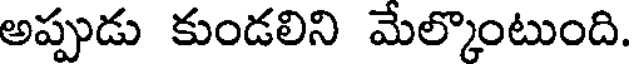
అప్పుడు కుండలిని మేల్కొంటుంది.